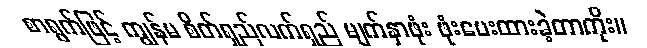
စာရွက်ဖြင့် ကျွန်မ စိတ်ရှည်လက်ရှည် မျက်နှာဖုံး ဖုံးပေးထားခဲ့တာကိုး။